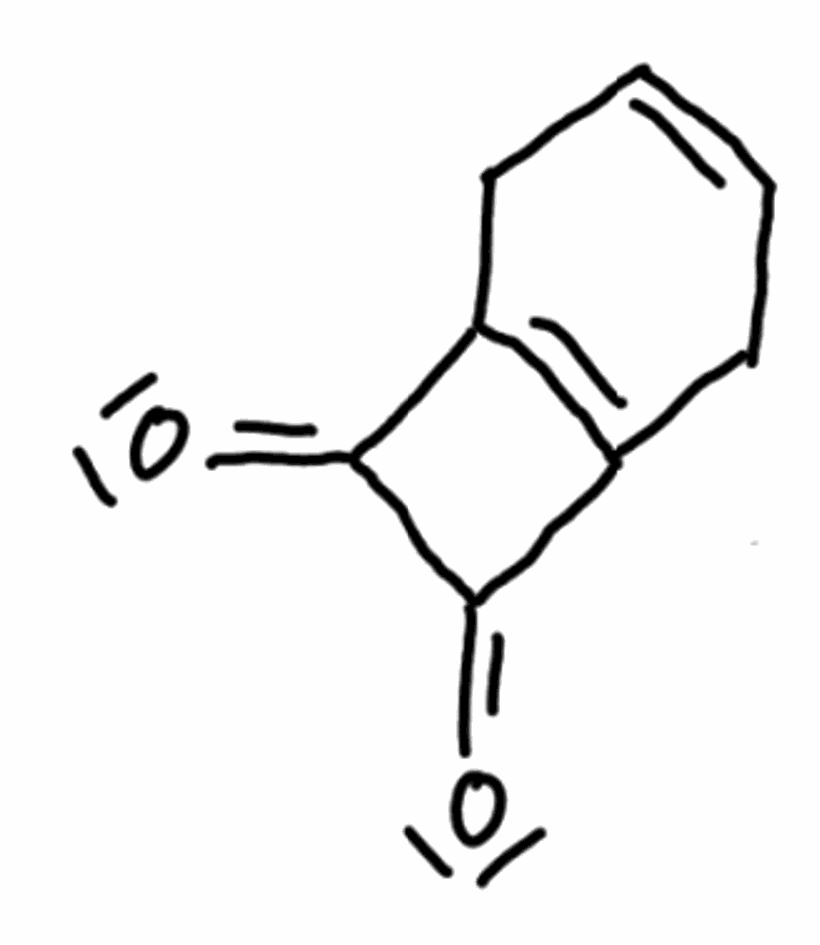
Simplified molecular-input line-entry system (SMILES) notation of the given molecule:
C1C=CCC2=C1C(=O)C2=O